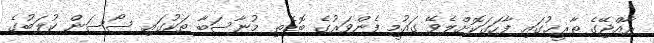
ރާއްޖޭގެ ތާރީޚުގައި ފާހަގަކޮށްލެވޭ ގައުމީ ފެންވަރުގެ ބޮޑެތި މުނާސަބާ ތަކުގައި ސޯސަން ކުލަބުގެ